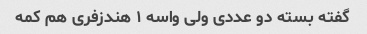
گفته بسته دو عددی ولی واسه ۱ هندزفری هم کمه